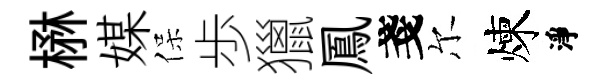
楙媒保歩獵鳳戔尔煉淨